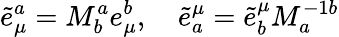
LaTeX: \widetilde{e}_{\mu}^{a}=M_{b}^{a}e_{\mu}^{b},\quad\widetilde{e}_{a}^{\mu}=\widetilde{e}_{b}^{\mu}M_{a}^{-1b}